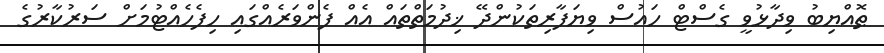
ޠޮއްޔިބު ވިދާޅުވީ ގެސްޓް ހައުސް ވިޔަފާރިތަކުންދޭ ޚިދުމަތްތައް އެއް ފެންވަރެއްގައި ހިފެހެއްޓުމަށް ސަރުކާރުގެ